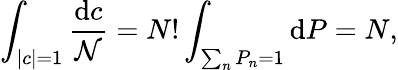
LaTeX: \int_{|c|=1}{\frac{\mathrm{d}c}{\mathcal{N}}}=N!\int_{\sum_{n}P_{n}=1}\mathrm{d}P=N,